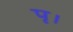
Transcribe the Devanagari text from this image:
पृ।